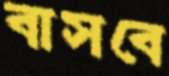
বাসবে